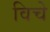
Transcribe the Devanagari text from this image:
विचे